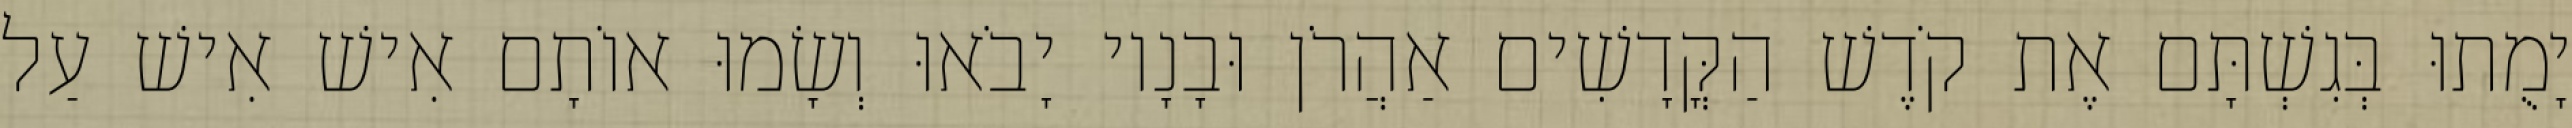
יָמֻתוּ בְּגִשְׁתָּם אֶת קֹדֶשׁ הַקֳּדָשִׁים אַהֲרֹן וּבָנָיו יָבֹאוּ וְשָׂמוּ אוֹתָם אִישׁ אִישׁ עַל